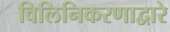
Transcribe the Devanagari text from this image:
विलिनिकरणाद्वारे